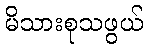
မိသားစုသဖွယ်